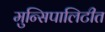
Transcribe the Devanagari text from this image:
मुन्सिपालिटीत